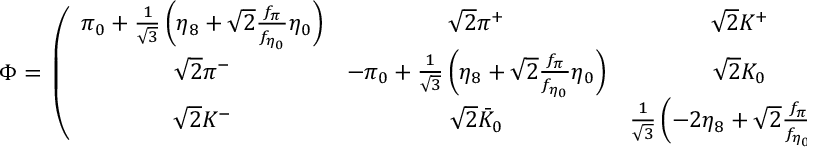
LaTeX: \Phi = \, \left( \begin{array} { c c c } { { \pi _ { 0 } + { \frac { 1 } { \sqrt 3 } } \left( \eta _ { 8 } + \sqrt { 2 } { \frac { f _ { \pi } } { f _ { \eta _ { 0 } } } } \eta _ { 0 } \right) } } & { { \sqrt { 2 } \pi ^ { + } } } & { { \sqrt { 2 } K ^ { + } } } \\ { { \sqrt { 2 } \pi ^ { - } } } & { { - \pi _ { 0 } + { \frac { 1 } { \sqrt 3 } } \left( \eta _ { 8 } + \sqrt { 2 } { \frac { f _ { \pi } } { f _ { \eta _ { 0 } } } } \eta _ { 0 } \right) } } & { { \sqrt { 2 } K _ { 0 } } } \\ { { \sqrt { 2 } K ^ { - } } } & { { \sqrt { 2 } \bar { K } _ { 0 } } } & { { { \frac { 1 } { \sqrt 3 } } \left( - 2 \eta _ { 8 } + \sqrt { 2 } { \frac { f _ { \pi } } { f _ { \eta _ { 0 } } } } \eta _ { 0 } \right) } } \end{array} \right) \ .